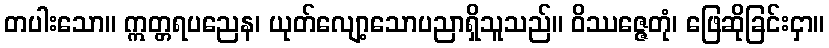
တပါးသော။ ဣတ္တရပညေန၊ ယုတ်လျော့သောပညာရှိသူသည်။ ဝိဿဇ္ဇေတုံ၊ ဖြေဆိုခြင်းငှာ။